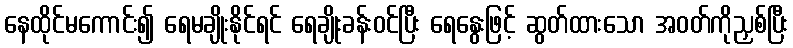
နေထိုင်မကောင်း၍ ရေမချိုးနိုင်ရင် ရေချိုးခန်းဝင်ပြီး ရေနွေးဖြင့် ဆွတ်ထားသော အဝတ်ကိုညှစ်ပြီး